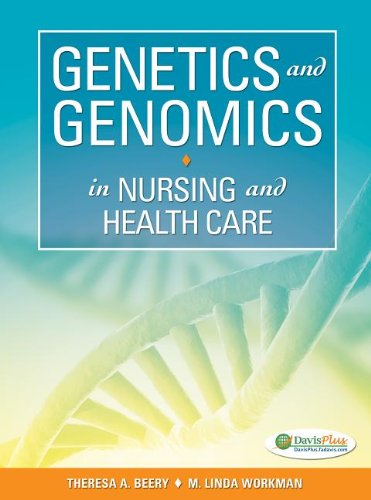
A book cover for Genetics and Genomics in Nursing and Health Care; Theresa A. Beery PhD  RN; Medical Books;